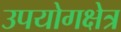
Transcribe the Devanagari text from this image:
उपयोगक्षेत्र